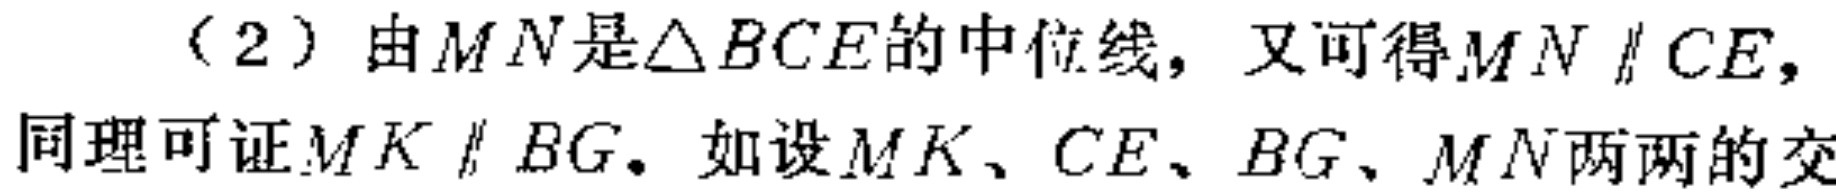
（2）由$MN$是$\triangle BCE$的中位线，又可得$MN\parallel CE$，同理可证$MK\parallel BG$。如设$MK$、$CE$、$BG$、$MN$两两的交